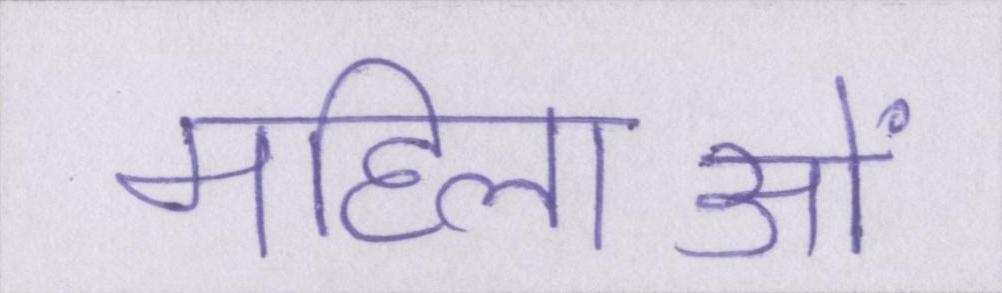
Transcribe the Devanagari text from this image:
महिलाओं